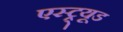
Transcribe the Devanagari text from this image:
एस्ट्र्यूड